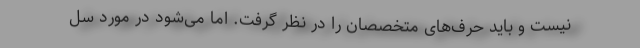
نیست و باید حرف‌های متخصصان را در نظر گرفت. اما می‌شود در مورد سل